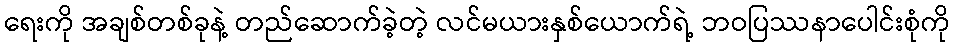
ရေးကို အချစ်တစ်ခုနဲ့ တည်ဆောက်ခဲ့တဲ့ လင်မယားနှစ်ယောက်ရဲ့ ဘဝပြဿနာပေါင်းစုံကို